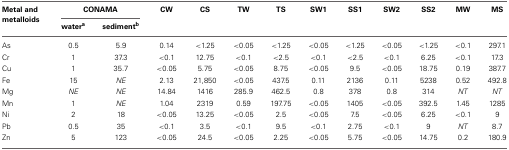
<table><thead><tr><td><b>Metal and metalloids</b></td><td colspan="2"><b>CONAMA</b></td><td><b>CW</b></td><td><b>CS</b></td><td><b>TW</b></td><td><b>TS</b></td><td><b>SW1</b></td><td><b>SS1</b></td><td><b>SW2</b></td><td><b>SS2</b></td><td><b>MW</b></td><td><b>MS</b></td></tr><tr><td></td><td><b>water<sup>a</sup></b></td><td><b>sediment<sup>b</sup></b></td><td></td><td></td><td></td><td></td><td></td><td></td><td></td><td></td><td></td><td></td></tr></thead><tbody><tr><td>As</td><td>0.5</td><td>5.9</td><td>0.14</td><td>&lt;1.25</td><td>&lt;0.05</td><td>&lt;1.25</td><td>&lt;0.05</td><td>&lt;1.25</td><td>&lt;0.05</td><td>&lt;1.25</td><td>&lt;0.1</td><td>297.1</td></tr><tr><td>Cr</td><td>1</td><td>37.3</td><td>&lt;0.1</td><td>12.75</td><td>&lt;0.1</td><td>&lt;2.5</td><td>&lt;0.1</td><td>&lt;2.5</td><td>&lt;0.1</td><td>6.25</td><td>&lt;0.1</td><td>17.3</td></tr><tr><td>Cu</td><td>1</td><td>35.7</td><td>&lt;0.05</td><td>5.75</td><td>&lt;0.05</td><td>8.75</td><td>&lt;0.05</td><td>9.5</td><td>&lt;0.05</td><td>18.75</td><td>0.19</td><td>387.7</td></tr><tr><td>Fe</td><td>15</td><td><i>NE</i></td><td>2.13</td><td>21,850</td><td>&lt;0.05</td><td>437.5</td><td>0.11</td><td>2136</td><td>0.11</td><td>5238</td><td>0.52</td><td>492.8</td></tr><tr><td>Mg</td><td><i>NE</i></td><td><i>NE</i></td><td>14.84</td><td>1416</td><td>285.9</td><td>462.5</td><td>0.8</td><td>378</td><td>0.8</td><td>314</td><td><i>NT</i></td><td><i>NT</i></td></tr><tr><td>Mn</td><td>1</td><td><i>NE</i></td><td>1.04</td><td>2319</td><td>0.59</td><td>197.75</td><td>&lt;0.05</td><td>1405</td><td>&lt;0.05</td><td>392.5</td><td>1.45</td><td>1285</td></tr><tr><td>Ni</td><td>2</td><td>18</td><td>&lt;0.05</td><td>13.25</td><td>&lt;0.05</td><td>2.5</td><td>&lt;0.05</td><td>7.5</td><td>&lt;0.05</td><td>6.25</td><td>&lt;0.1</td><td>9</td></tr><tr><td>Pb</td><td>0.5</td><td>35</td><td>&lt;0.1</td><td>3.5</td><td>&lt;0.1</td><td>9.5</td><td>&lt;0.1</td><td>2.75</td><td>&lt;0.1</td><td>9</td><td><i>NT</i></td><td>8.7</td></tr><tr><td>Zn</td><td>5</td><td>123</td><td>&lt;0.05</td><td>24.5</td><td>&lt;0.05</td><td>2.25</td><td>&lt;0.05</td><td>5.75</td><td>&lt;0.05</td><td>14.75</td><td>0.2</td><td>180.9</td></tr></tbody></table>